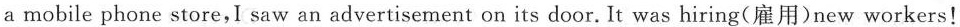
a mobile phone store,I saw an advertisement on its door. It was hiring(雇用)new workers!